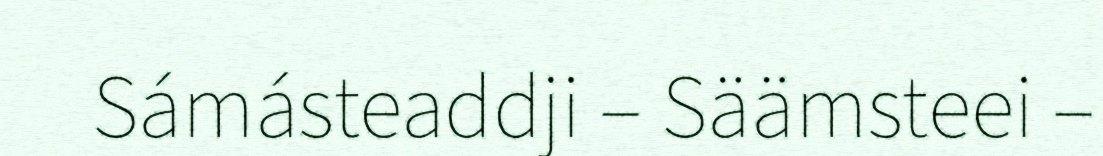
Sámásteaddji – Säämsteei –